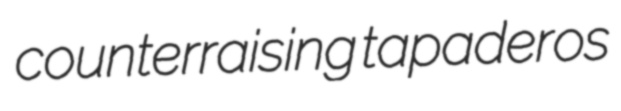
counterraising tapaderos